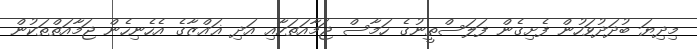
މިދިޔަ ބުދަދުވަހުން ފެށިގެން ފަލަސްތީނުގެ ހަމާސް ޖަމާއަތަކާއި އަދި ޣައްޒާގެ އެހެނިހެން ޖަމާއަތްތަކުން